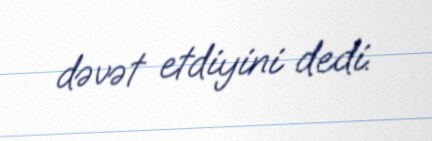
dəvət etdiyini dedi.